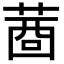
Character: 𦴖